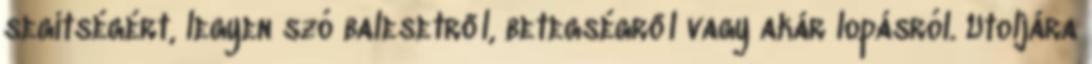
segítségért, legyen szó balesetről, betegségről vagy akár lopásról. Utoljára